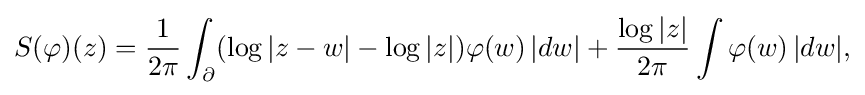
\displaystyle {S(\varphi )(z)={1 \over 2\pi }\int _{\partial }(\log |z-w|-\log |z|)\varphi (w)\,|dw|+{\log |z| \over 2\pi }\int \varphi (w)\,|dw|,}